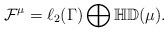
LaTeX: \begin{align*}{\cal F}^\mu=\ell_2(\Gamma)\bigoplus\mathbb {HD}(\mu).\end{align*}